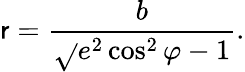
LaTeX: \mathsf{r}={\frac{{b}}{{\sqrt{}{{e^{2}\cos^{2}\varphi-1}}}}}.